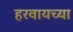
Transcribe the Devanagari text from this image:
हरवायच्या